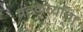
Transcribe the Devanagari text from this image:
व्रतकर्त्यांचा